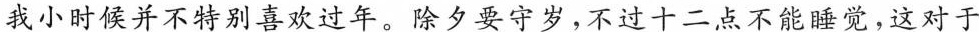
我小时候并不特别喜欢过年。除夕要守岁，不过十二点不能睡觉，这对于